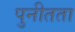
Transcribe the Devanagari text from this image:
पुनीतता